Sketch of the medical history of the native army of Bombay, for the year
Year: 1875
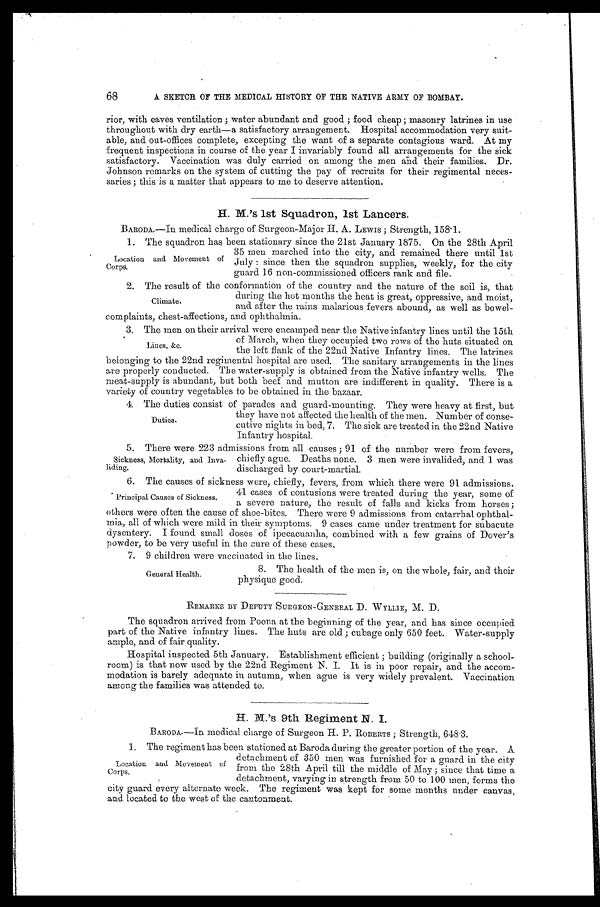
68
A SKETCH OF THE MEDICAL HISTORY OF THE NATIVE ARMY OF BOMBAY.
rior, with eaves ventilation ; water abundant and good ; food cheap ; masonry latrines in use
throughout with dry earth—a satisfactory arrangement. Hospital accommodation very suit
-
able, and out-offices complete, excepting the want of a separate contagious ward. At my
frequent inspections in course of the year I invariably found all arrangements for the sick
satisfactory. Vaccination was duly carried on among the men and their families. Dr.
Johnson remarks on the system of cutting the pay of recruits for their regimental neces
-
saries ; this is a matter that appears to me to deserve attention.
H. M.'s 1st Squadron, 1st Lancers.
BARODA.—In medical charge of Surgeon-Maior H. A. LEWIS ; Strength, 158.1.
1 . T h e s q u a d r o n h a s b e e n s t a t i o n a r y s i n c e t h e 2 1 s t J a n u a r y 1 8 7 5 . O n t h e 2 8 t h A p r i l
35 men marched into the city, and remained there until 1st
July : since then the squadron supplies, weekly, for the city
guard 16 non-commissioned officers rank and file.
2 . T h e r e s u l t o f t h e c o n f o r m a t i o n o f t h e c o u n t r y a n d t h e n a t u r e o f t h e s o i l i s , t h a t
during the hot months the heat is great, oppressive, and moist,
and after the rains malarious fevers abound, as well as bowel
-
complaints, chest-affections, and ophthalmia.
3. The men on their arrival were encamped near the Native infantry lines until the 15th
of March, when they occupied two rows of the huts situated on
the left flank of the 22nd Native Infantry lines. The latrines
belonging to the 22nd regimental hospital are used. The sanitary arrangements in the lines
are properly conducted. The water-supply is obtained from the Native infantry wells. The
meat-supply is abundant, but both beef and mutton are indifferent in quality. There is a
variety of country vegetables to be obtained in the bazaar.
4 . T h e d u t i e s c o n s i s t o f p a r a d e s a n d g u a r d - m o u n t i n g . T h e y w e r e h e a v y a t f i r s t , b u t
they have not affected the health of the men. Number of conse
-
cutive nights in bed, 7. The sick are treated in the 22nd Native
Infantry hospital.
5 . T h e r e w e r e 2 2 3 a d m i s s i o n s f r o m a l l c a u s e s ; 9 1 o f t h e n u m b e r w e r e f r o m f e v e r s ,
chiefly ague. Deaths none. 3 men were invalided, and 1 was
discharged by court-martial.
6. The causes of sickness were, chiefly, fevers, from which there were 91 admissions.
41 cases of contusions were treated during the year, some of
a severe nature, the result of falls and kicks from horses ;
others were often the cause of shoe-bites. There were 9 admissions from catarrhal ophthal
-
mia, all of which were mild in their symptoms. 9 cases came under treatment for subacute
dysentery. I found small doses of ipecacuanha, combined with a few grains of Dover's
powder, to be very useful in the cure of these cases.
7. 9 children were vaccinated in the lines.
Location and Movement of
Corps.
Climate.
Lines, &c.
Duties.
Sickness, Morbality, and Inva
-
liding.
Principal Causes of Sickness.
General Health.
8. The health of the men is, on the whole, fair, and their
physique good.
REMARKS BY DEPUTY SURGEON-GENERAL D. WYLLIE, M. D.
The squadron arrived from Poona at the beginning of the year, and has since occupied
part of the Native infantry lines. The huts are old ; cubage only 650 feet. Water-supply
ample, and of fair quality.
Hospital inspected 5th January. Establishment efficient ; building (originally a schoo
l -
room) is that now used by the 22nd Regiment N. I. It is in poor repair, and the accom
-
modation is barely adequate in autumn, when ague is very widely prevalent. Vaccination
among the families was attended to.
H. M.'s 9th Regiment N. I.
BARODA.—In medical charge of Surgeon H. P. ROBERTS ; Strength, 648.3.
1. The regiment has been stationed at Baroda during the greater portion of the year. A
detachment of 350 men was furnished for a guard in the city
from the 28th April till the middle of May ; since that time a
detachment, varying in strength from 50 to 100 men, forms the
city guard every alternate week. The regiment was kept for some months under canvas,
a n d l o c a t e d t o t h e w e s t o f t h e c a n t o n m e n t .
Location and Movement of
Corps.